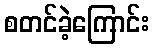
စတင်ခဲ့ကြောင်း